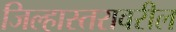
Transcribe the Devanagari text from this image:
जिल्हास्तरावरील